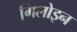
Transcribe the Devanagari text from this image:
गिलोइन